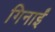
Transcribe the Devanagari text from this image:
गिनाईं